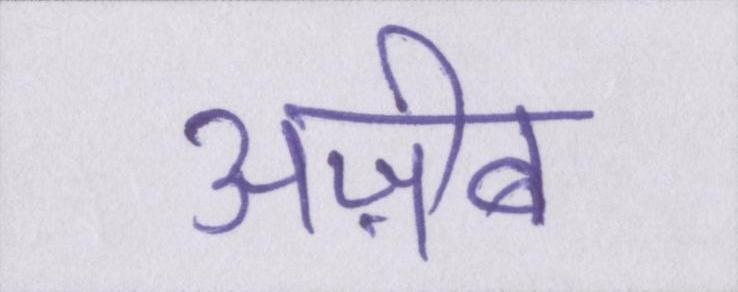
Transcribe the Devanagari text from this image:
अज़ीब